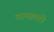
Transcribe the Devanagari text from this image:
चान्सलरी